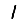
Digit: 1